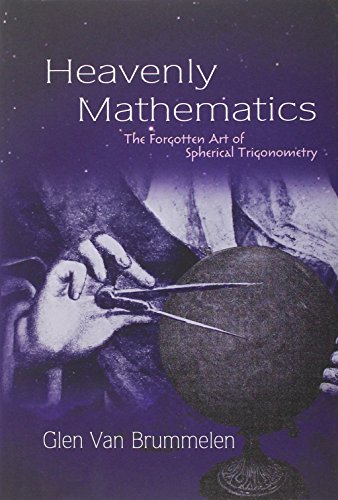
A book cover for Heavenly Mathematics: The Forgotten Art of Spherical Trigonometry; Glen Van Brummelen; Science & Math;